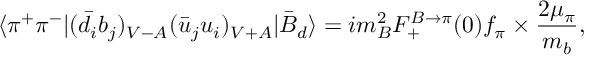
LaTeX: \langle \pi ^ { + } \pi ^ { - } | ( \bar { d } _ { i } b _ { j } ) _ { V - A } ( \bar { u } _ { j } u _ { i } ) _ { V + A } | \bar { B } _ { d } \rangle = i m _ { B } ^ { 2 } F _ { + } ^ { B \to \pi } ( 0 ) f _ { \pi } \times \frac { 2 \mu _ { \pi } } { m _ { b } } ,